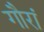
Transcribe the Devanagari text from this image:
गौरां